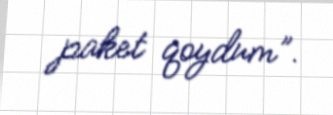
paket qoydum”.